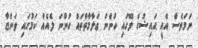
ނަމަވެސް އެއީ ޙައިޟުގެ ލޭގައި ހުންނަ ޢަލާމާތްތައް ހުންނަ ލެއެއް ކަމުގައި ވަންޏާ